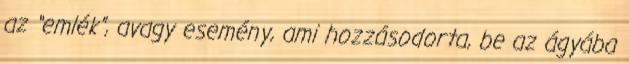
az “emlék”, avagy esemény, ami hozzásodorta, be az ágyába